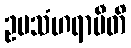
ဥပသံဟရာမီတိ